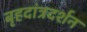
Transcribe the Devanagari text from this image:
बृहदांत्रदर्शन